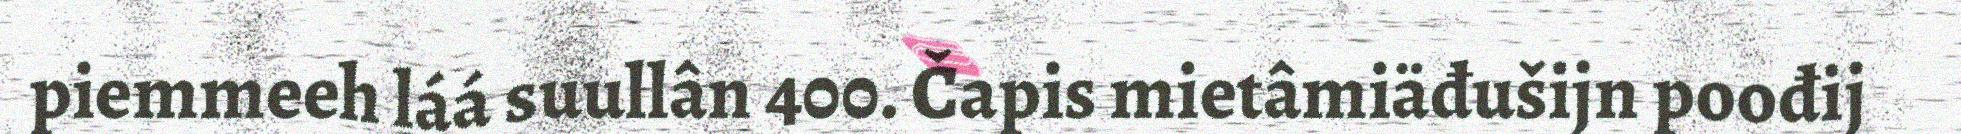
piemmeeh láá suullân 400. Čapis mietâmiäđušijn poođij